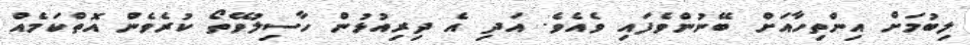
ލިބުމަށް އިންތިހާއަށް ބޭނުންވެފައި ވެއެވެ. އަދި އެ ދިރިއުޅުން ހާސިލުވޭތޯ ކުރެވެން އޮތްކަމެއް